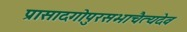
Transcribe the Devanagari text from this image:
प्रासादगोपुरसभाचैत्यदेव